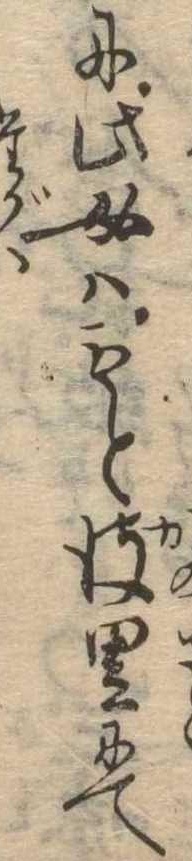
に此女はもと彼里にて